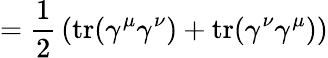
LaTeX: ={\frac{1}{2}}\left(\operatorname{tr}(\gamma^{\mu}\gamma^{\nu})+\operatorname{tr}(\gamma^{\nu}\gamma^{\mu})\right)